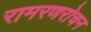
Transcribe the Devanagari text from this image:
रामरणरोचन